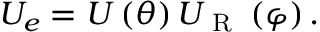
\begin{array} { r } { U _ { e } = U \left( \theta \right) U _ { \mathrm { ~ R ~ } } \left( \varphi \right) . } \end{array}